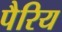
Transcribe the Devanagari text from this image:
पैरिय